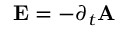
\mathbf { E } = - \partial _ { t } \mathbf { A }